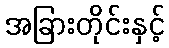
အခြားတိုင်းနှင့်